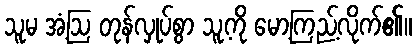
သူမ အံ့ဩ တုန်လှုပ်စွာ သူ့ကို မော့ကြည့်လိုက်၏။